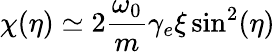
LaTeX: \chi(\eta)\simeq 2\frac{\omega_{0}}{m}\gamma_{e}\xi\sin^{2}(\eta)